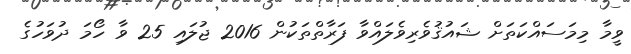
ވީމާ މިމަސައްކަތަށް ޝައުޤުވެރިވެލައްވާ ފަރާތްތަކުން 2016 ޖުލައި 25 ވާ ހޯމަ ދުވަހުގެ